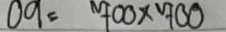
09 = 700 x 700